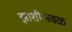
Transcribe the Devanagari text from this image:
झाशीजवळ